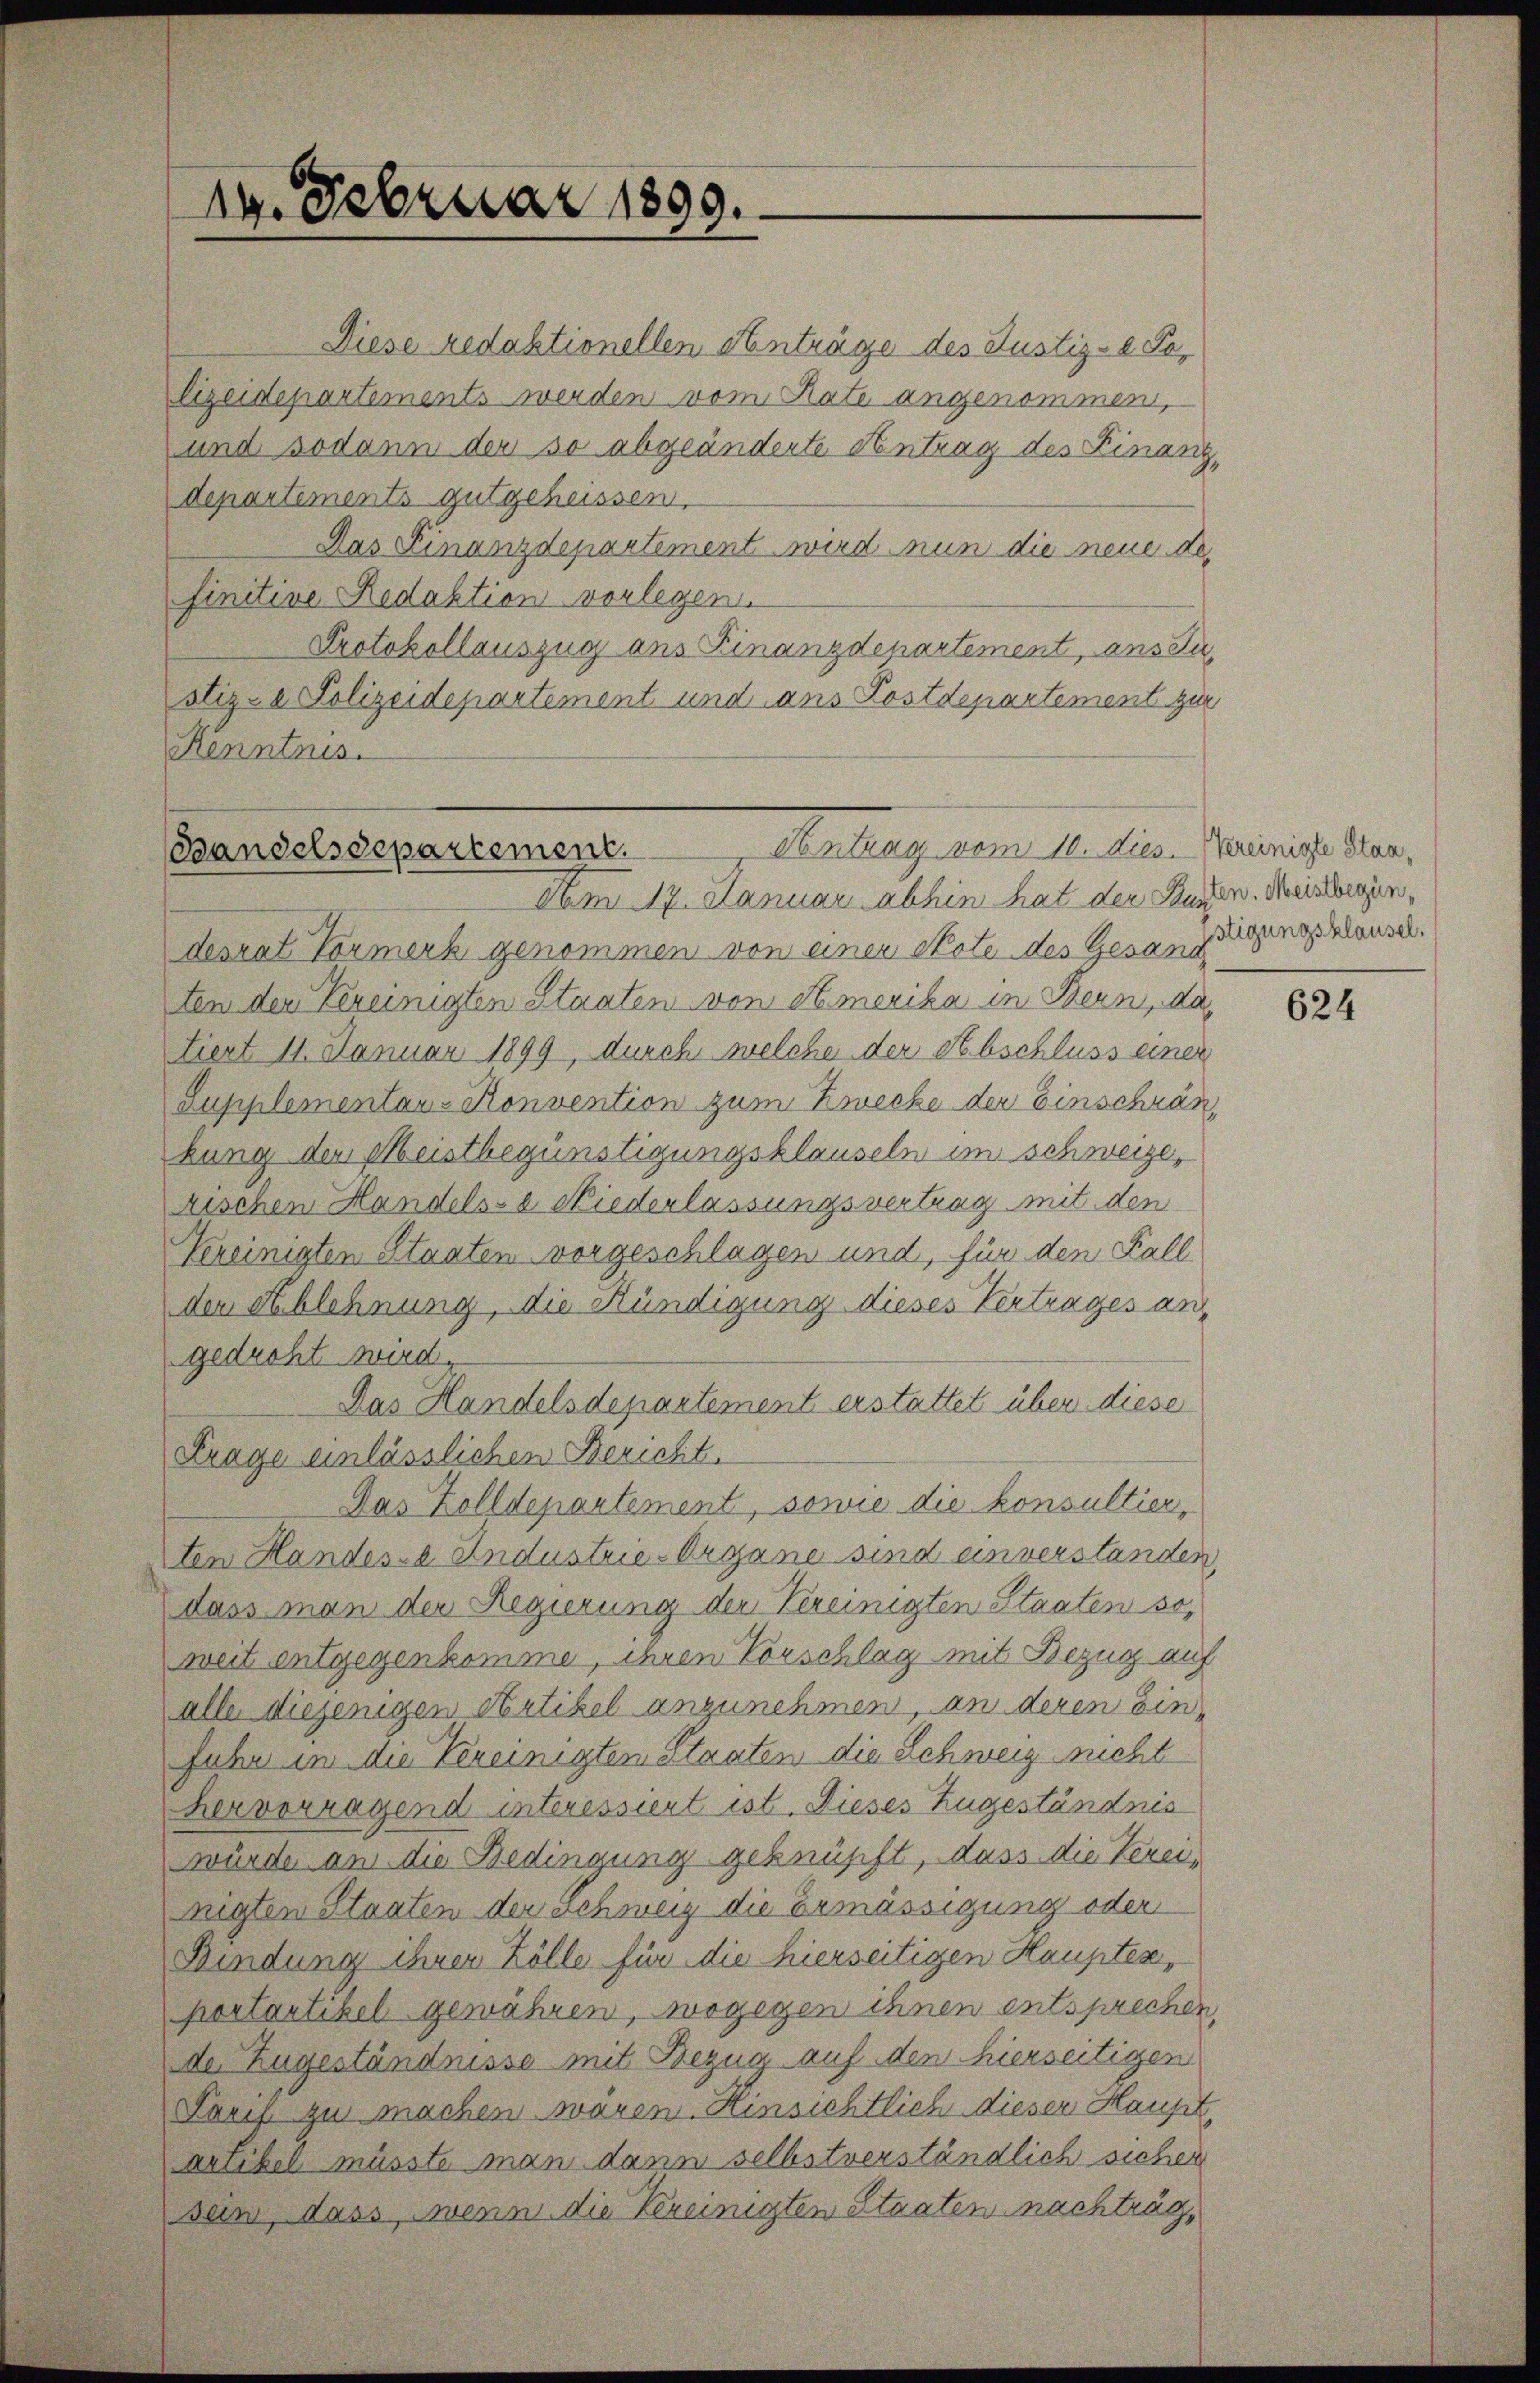
14. Februar 1899.

Diese redaktionellen Anträge des Justiz-e Tolizeidepartements werden vom Rate angenommen,
und sodann der so abgeänderte Antrag des Finanz,
departements gutgeheissen,
Das Finanzdepartement wird nun die neue de
finitive Redaktion vorlegen
Protokollauszug aus Finanzdepartement, aus Justiz- & Polizeidepartement und ans Postdepartement zur
Kenntnis.

desrat Vormerk genommen von einer Note des Gesanzeigungsklausel.
ten den Vereinigten Staaten von Amerika in Bern, das
tiert 11. Januar 1899, durch welche der Abschluss einer
Supplementaus Konvention zum Zwecke der Einschränkung der Meistbegünstigungsklauseln im Schweize,
rischen Handels- e Niederlassungsvertrag mit den
Vereinigten Staaten vorgeschlagen und, für den Fall
der Ablehnung, die Kündigung dieses Vertrages an
gedroht wird,
Das Handelsdepartement erstattet über diese
Erage einlässlichen Bericht.
Das Zolldepartement, sowie die konsultier,
ten Handes-a Andustrie-Organe sind einverstanden,
dass man der Regierung der Vereinigten Staaten so
weit entgegenkomme, ihren Vorschlag mit Bezug auf
alle diejenigen Artikel anzunehmen, an deren Einfuhr in die Vereinigten Staaten die Schweiz nicht
hervorragend interessiert ist. Dieses Zugeständnis
wurde an die Bedingung geknüpft, dass die Vereinigten Staaten der Schweiz die Ermässigung oder
Bindung ihren Zölle für die hierseitigen Haupten,
portartikel gewähren, wogegen ihnen entsprechen,
de Zugeständnisse mit Bezug auf den hierseitigen
Sarif zu machen wären. Hinsichtlich dieser Haupt,
arubel müsste man dann selbstverständlich sicher
sen, dass wenn die Kreinigten Staaten nachträg¬

Contrag vom 12. Dies - Reinige Plan,
Gandelsdepartement.
Am 17. Januar abhin hat der Kürzen. Meistergen,

624